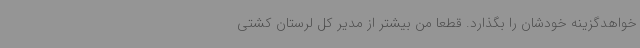
خواهدگزینه خودشان را بگذارد. قطعا من بیشتر از مدیر کل لرستان کشتی